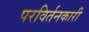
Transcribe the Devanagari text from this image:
परविर्तनकारी